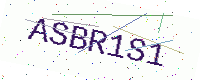
Text: ASBR1S1